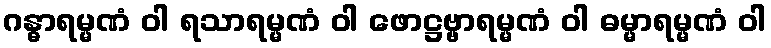
ဂန္ဓာရမ္မဏံ ဝါ ရသာရမ္မဏံ ဝါ ဖောဋ္ဌဗ္ဗာရမ္မဏံ ဝါ ဓမ္မာရမ္မဏံ ဝါ